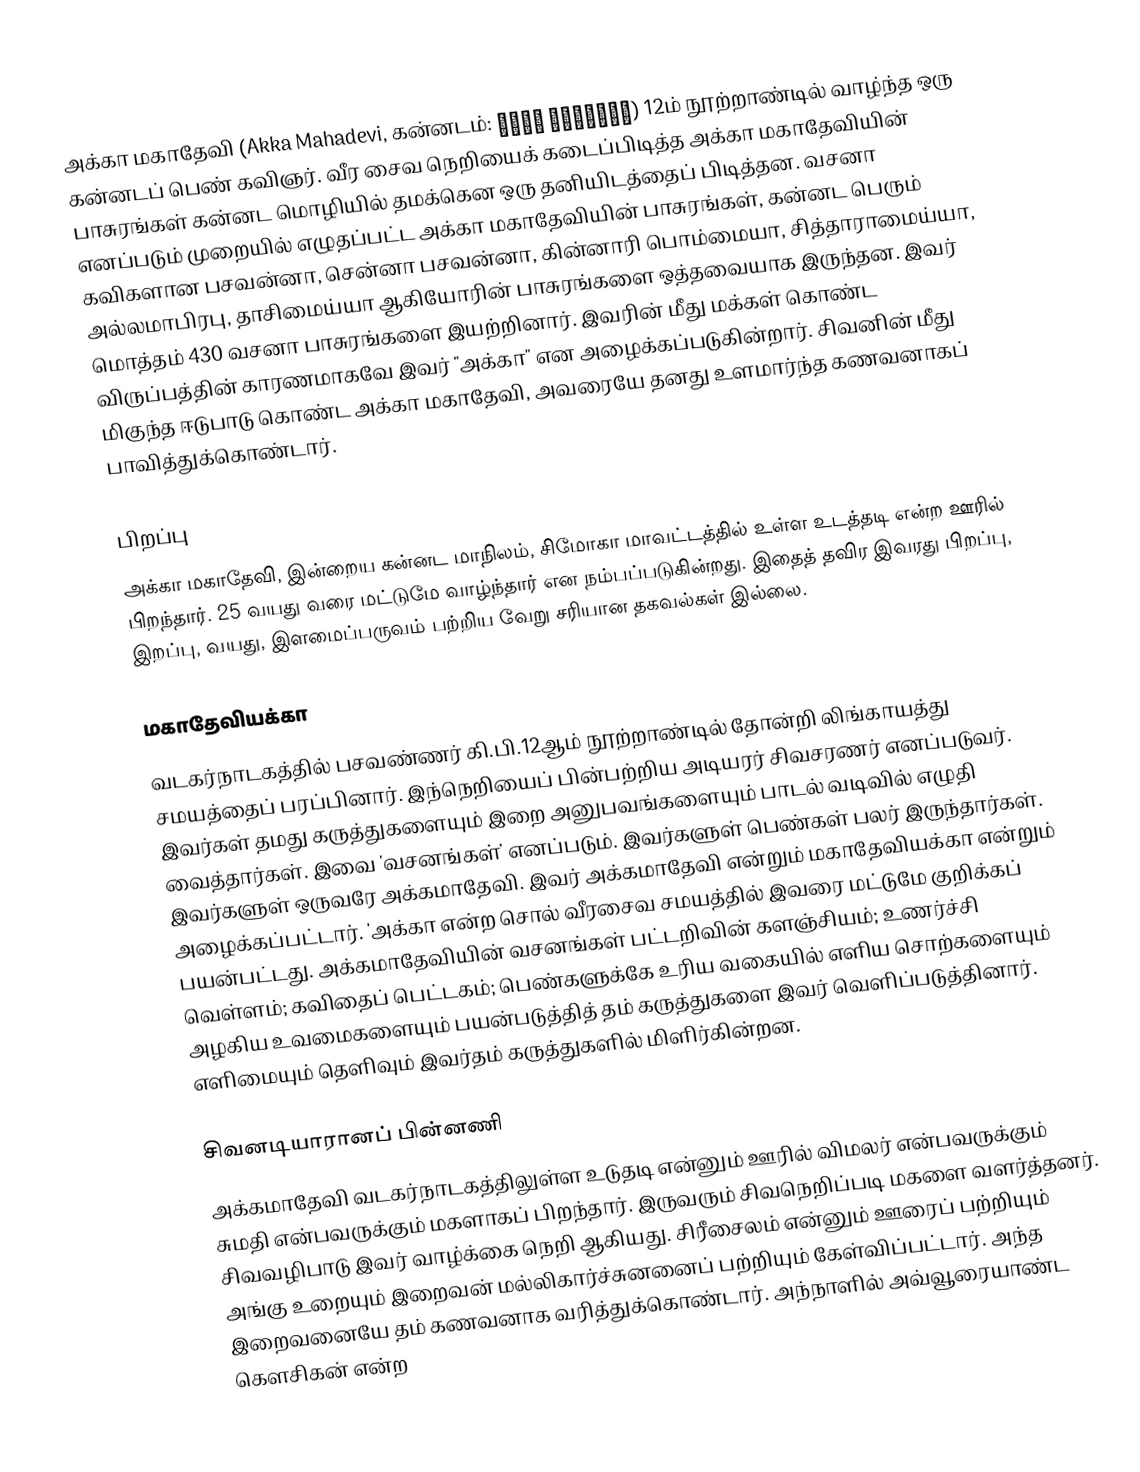
அக்கா மகாதேவி (Akka Mahadevi, கன்னடம்: ಅಕ್ಕ ಮಹಾದೇವಿ) 12ம் நூற்றாண்டில் வாழ்ந்த ஒரு கன்னடப் பெண் கவிஞர். வீர சைவ நெறியைக் கடைப்பிடித்த அக்கா மகாதேவியின் பாசுரங்கள் கன்னட மொழியில் தமக்கென ஒரு தனியிடத்தைப் பிடித்தன. வசனா எனப்படும் முறையில் எழுதப்பட்ட அக்கா மகாதேவியின் பாசுரங்கள், கன்னட பெரும் கவிகளான பசவன்னா, சென்னா பசவன்னா, கின்னாரி பொம்மையா, சித்தாராமைய்யா, அல்லமாபிரபு, தாசிமைய்யா ஆகியோரின் பாசுரங்களை ஒத்தவையாக இருந்தன. இவர் மொத்தம் 430 வசனா பாசுரங்களை இயற்றினார். இவரின் மீது மக்கள் கொண்ட விருப்பத்தின் காரணமாகவே இவர் "அக்கா" என அழைக்கப்படுகின்றார். சிவனின் மீது மிகுந்த ஈடுபாடு கொண்ட அக்கா மகாதேவி, அவரையே தனது உளமார்ந்த கணவனாகப் பாவித்துக்கொண்டார்.

பிறப்பு
அக்கா மகாதேவி, இன்றைய கன்னட மாநிலம், சிமோகா மாவட்டத்தில் உள்ள உடத்தடி என்ற ஊரில் பிறந்தார். 25 வயது வரை மட்டுமே வாழ்ந்தார் என நம்பப்படுகின்றது. இதைத் தவிர இவரது பிறப்பு, இறப்பு, வயது, இளமைப்பருவம் பற்றிய வேறு சரியான தகவல்கள் இல்லை.

மகாதேவியக்கா
வடகர்நாடகத்தில் பசவண்ணர் கி.பி.12ஆம் நூற்றாண்டில் தோன்றி லிங்காயத்து சமயத்தைப் பரப்பினார். இந்நெறியைப் பின்பற்றிய அடியரர் சிவசரணர் எனப்படுவர். இவர்கள் தமது கருத்துகளையும் இறை அனுபவங்களையும் பாடல் வடிவில் எழுதி வைத்தார்கள். இவை 'வசனங்கள்' எனப்படும். இவர்களுள் பெண்கள் பலர் இருந்தார்கள். இவர்களுள் ஒருவரே அக்கமாதேவி. இவர் அக்கமாதேவி என்றும் மகாதேவியக்கா என்றும் அழைக்கப்பட்டார். 'அக்கா என்ற சொல் வீரசைவ சமயத்தில் இவரை மட்டுமே குறிக்கப் பயன்பட்டது. அக்கமாதேவியின் வசனங்கள் பட்டறிவின் களஞ்சியம்; உணர்ச்சி வெள்ளம்; கவிதைப் பெட்டகம்; பெண்களுக்கே உரிய வகையில் எளிய சொற்களையும் அழகிய உவமைகளையும் பயன்படுத்தித் தம் கருத்துகளை இவர் வெளிப்படுத்தினார். எளிமையும் தெளிவும் இவர்தம் கருத்துகளில் மிளிர்கின்றன.

சிவனடியாரானப் பின்னணி
அக்கமாதேவி வடகர்நாடகத்திலுள்ள உடுதடி என்னும் ஊரில் விமலர் என்பவருக்கும் சுமதி என்பவருக்கும் மகளாகப் பிறந்தார். இருவரும் சிவநெறிப்படி மகளை வளர்த்தனர். சிவவழிபாடு இவர் வாழ்க்கை நெறி ஆகியது. சிரீசைலம் என்னும் ஊரைப் பற்றியும் அங்கு உறையும் இறைவன் மல்லிகார்ச்சுனனைப் பற்றியும் கேள்விப்பட்டார். அந்த இறைவனையே தம் கணவனாக வரித்துக்கொண்டார். அந்நாளில் அவ்வூரையாண்ட கெளசிகன் என்ற